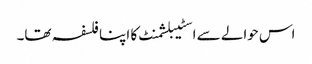
اس حوالے سے اسٹیبلشمنٹ کا اپنا فلسفہ تھا۔